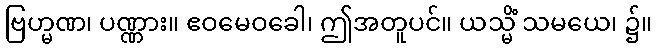
ဗြဟ္မဏ၊ ပဏ္ဏား။ ဧဝမေဝခေါ၊ ဤအတူပင်။ ယသ္မိံ သမယေ၊ ၌။